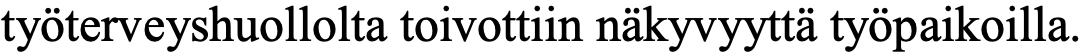
työterveyshuollolta toivottiin näkyvyyttä työpaikoilla.